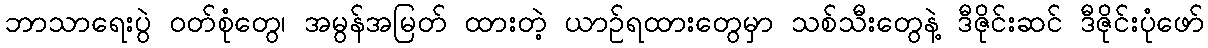
ဘာသာရေးပွဲ ဝတ်စုံတွေ၊ အမွန်အမြတ် ထားတဲ့ ယာဉ်ရထားတွေမှာ သစ်သီးတွေနဲ့ ဒီဇိုင်းဆင် ဒီဇိုင်းပုံဖော်